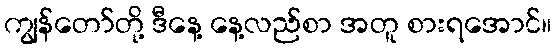
ကျွန်တော်တို့ ဒီနေ့ နေ့လည်စာ အတူ စားရအောင်။